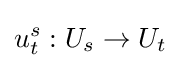
u_{t}^{s}:U_{s}\to U_{t}